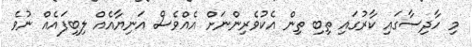
މި ހާދިސާގައި ކާރުގައި ތިބި ތިން އެކުވެރިންނަށް އެއްވެސް އަނިޔާއެއް ލިބިފައެއް ނުވެ